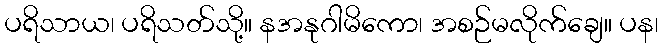
ပရိသာယ၊ ပရိသတ်သို့။ နအနုဂါမိကော၊ အစဉ်မလိုက်ချေ။ ပန၊